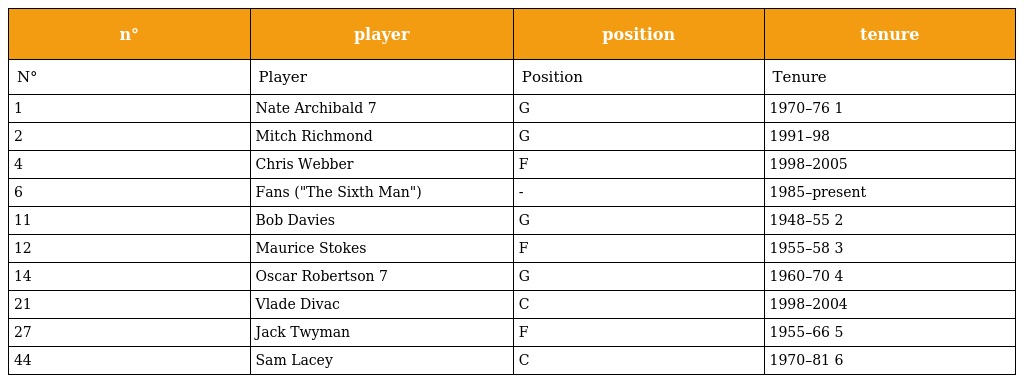
| n° | player | position | tenure |
 | --- | --- | --- | --- |
 | N° | Player | Position | Tenure |
 | 1 | Nate Archibald 7 | G | 1970–76 1 |
 | 2 | Mitch Richmond | G | 1991–98 |
 | 4 | Chris Webber | F | 1998–2005 |
 | 6 | Fans ("The Sixth Man") | - | 1985–present |
 | 11 | Bob Davies | G | 1948–55 2 |
 | 12 | Maurice Stokes | F | 1955–58 3 |
 | 14 | Oscar Robertson 7 | G | 1960–70 4 |
 | 21 | Vlade Divac | C | 1998–2004 |
 | 27 | Jack Twyman | F | 1955–66 5 |
 | 44 | Sam Lacey | C | 1970–81 6 |